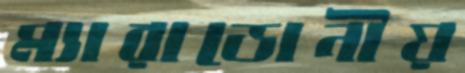
ম্যারাডোনীয়